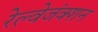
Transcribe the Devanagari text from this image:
रेल्वेजंक्शन